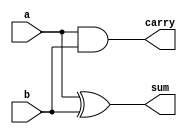
module halfadder(a,b,sum,carry);
  input a,b;
  output sum, carry;
  wire sum, carry;

  xor g0(sum,a,b);
  and g1(carry,a,b);
endmodule